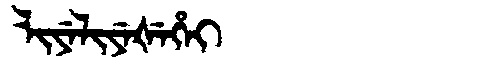
Manchu: ᠯᡳᠶᡝᠯᡳᠶᡝᡧᡝᡥᡝᡳ
Romanization: LIYELIYEŠEHEI